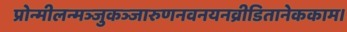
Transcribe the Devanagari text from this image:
प्रोन्मीलन्मञ्जुकञ्जारुणनवनयनव्रीडितानेककाम।